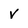
Character: v